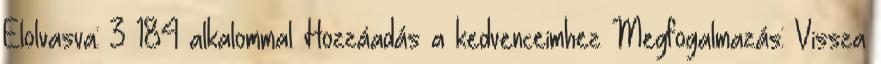
Elolvasva: 3 184 alkalommal Hozzáadás a kedvenceimhez Megfogalmazás: Vissza